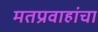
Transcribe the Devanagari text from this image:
मतप्रवाहांचा